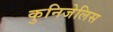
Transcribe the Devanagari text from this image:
कुनिजेलिस